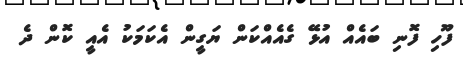
ފޫހި ފޮނި ބައެއް އުޅޭ ގެއެއްކަން ޔަގީން އެކަމަކު އެއީ ކޮން ދެ